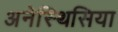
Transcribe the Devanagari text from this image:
अनेस्थिसिया